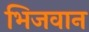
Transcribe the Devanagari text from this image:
भिजवान